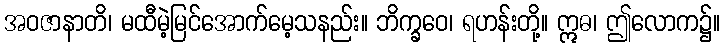
အဝဇာနာတိ၊ မထီမဲ့မြင်အောက်မေ့သနည်း။ ဘိက္ခဝေ၊ ရဟန်းတို့။ ဣဓ၊ ဤလောက၌။